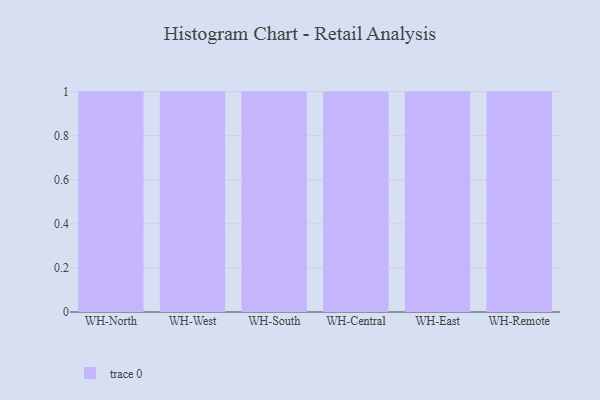
{"axis": {"x": "Warehouse", "y": "Net Income (USD K)"}, "legend": [""], "data": [{"x": "WH-North", "y": 66, "type": ""}, {"x": "WH-West", "y": 42, "type": ""}, {"x": "WH-South", "y": 4, "type": ""}, {"x": "WH-Central", "y": 23, "type": ""}, {"x": "WH-East", "y": 9, "type": ""}, {"x": "WH-Remote", "y": 82, "type": ""}]}